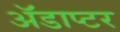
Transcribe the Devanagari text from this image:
ॲडाप्टर